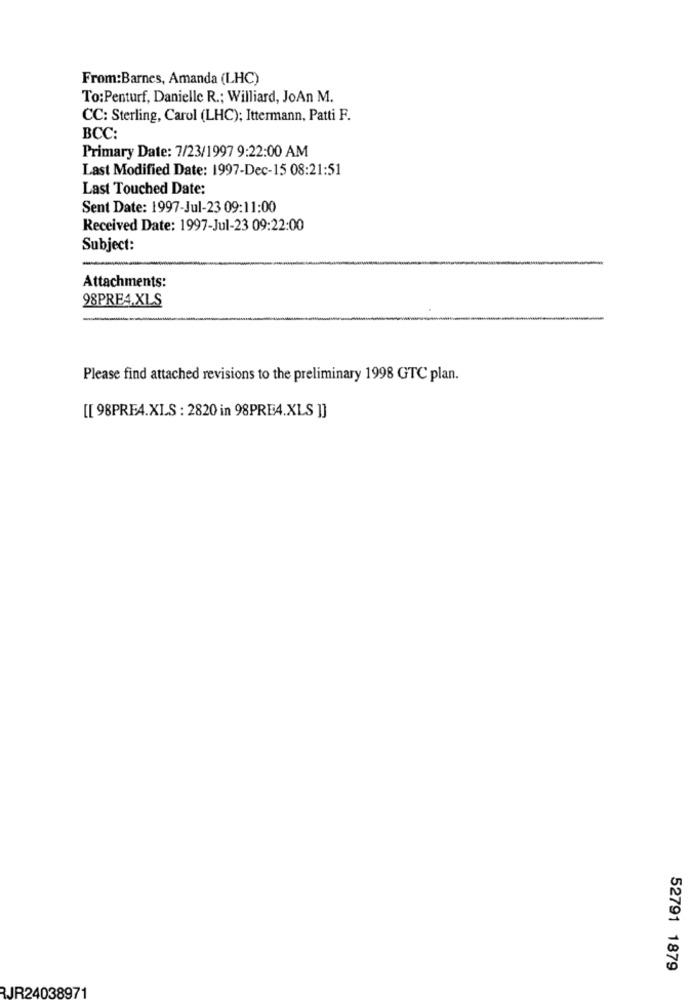
From:Barnes, Amanda (LHC)
To:Penturf, Danielle R .; Williard, JoAn M.
CC: Sterling, Carol (LHC); Ittermann, Patti F.
BCC:
Primary Date: 7/23/1997 9:22:00 AM
Last Modified Date: 1997-Dec-15 08:21:51
Last Touched Date:
Sent Date: 1997-Jul-23 09:11:00
Received Date: 1997-Jul-23 09:22:00
Subject:
Attachments:
98PRE4.XLS
Please find attached revisions to the preliminary 1998 GTC plan.
[[ 98PRE4.XLS : 2820 in 98PRE4.XLS ]]
52791 1879
RJR24038971